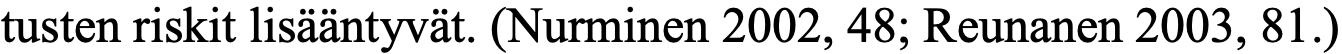
tusten riskit lisääntyvät. (Nurminen 2002, 48; Reunanen 2003, 81.)